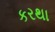
કરથા